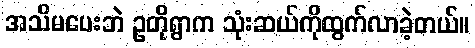
အသိမပေးဘဲ ဥတိုရွာက သုံးဆယ်ကိုထွက်လာခဲ့တယ်။